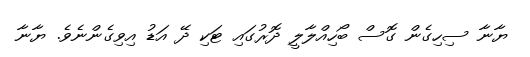
ޔާނާ ސިހިގެން ގޮސް ބޯހިއްލާލީ ދޮރުގައި ޓަކި ދޭ އަޑު އިވިގެންނެވެ. ޔާނާ